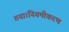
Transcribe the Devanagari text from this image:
गया।निगमीकरण